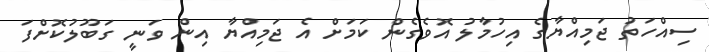
ސިއްހަތު ޖަމިއްޔާގެ އިހުމާލު އޮވެގެން ކަމަށް އެ ޖަމިއްޔާ އިން ވަނީ ގަބޫލުކޮށްފަ